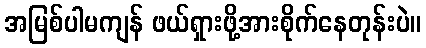
အမြစ်ပါမကျန် ဖယ်ရှားဖို့အားစိုက်နေတုန်းပဲ။